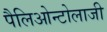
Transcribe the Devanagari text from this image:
पैलिओन्टोलाजी